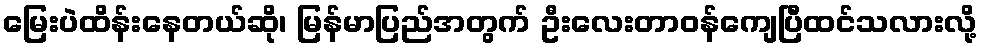
မြေးပဲထိန်းနေတယ်ဆို၊ မြန်မာပြည်အတွက် ဦးလေးတာဝန်ကျေပြီထင်သလားလို့